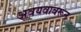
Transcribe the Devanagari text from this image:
अवयवावरून